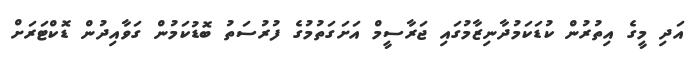
އަދި މީގެ އިތުރުން ކުޑަކަމުދާނިޒާމުގައި ޖަރާސީމް އަށަގަތުމުގެ ފުރުސަތު ބޮޑުކަމުން ގަވާއިދުން ޑޮކްޓަރަށް